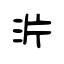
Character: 沜